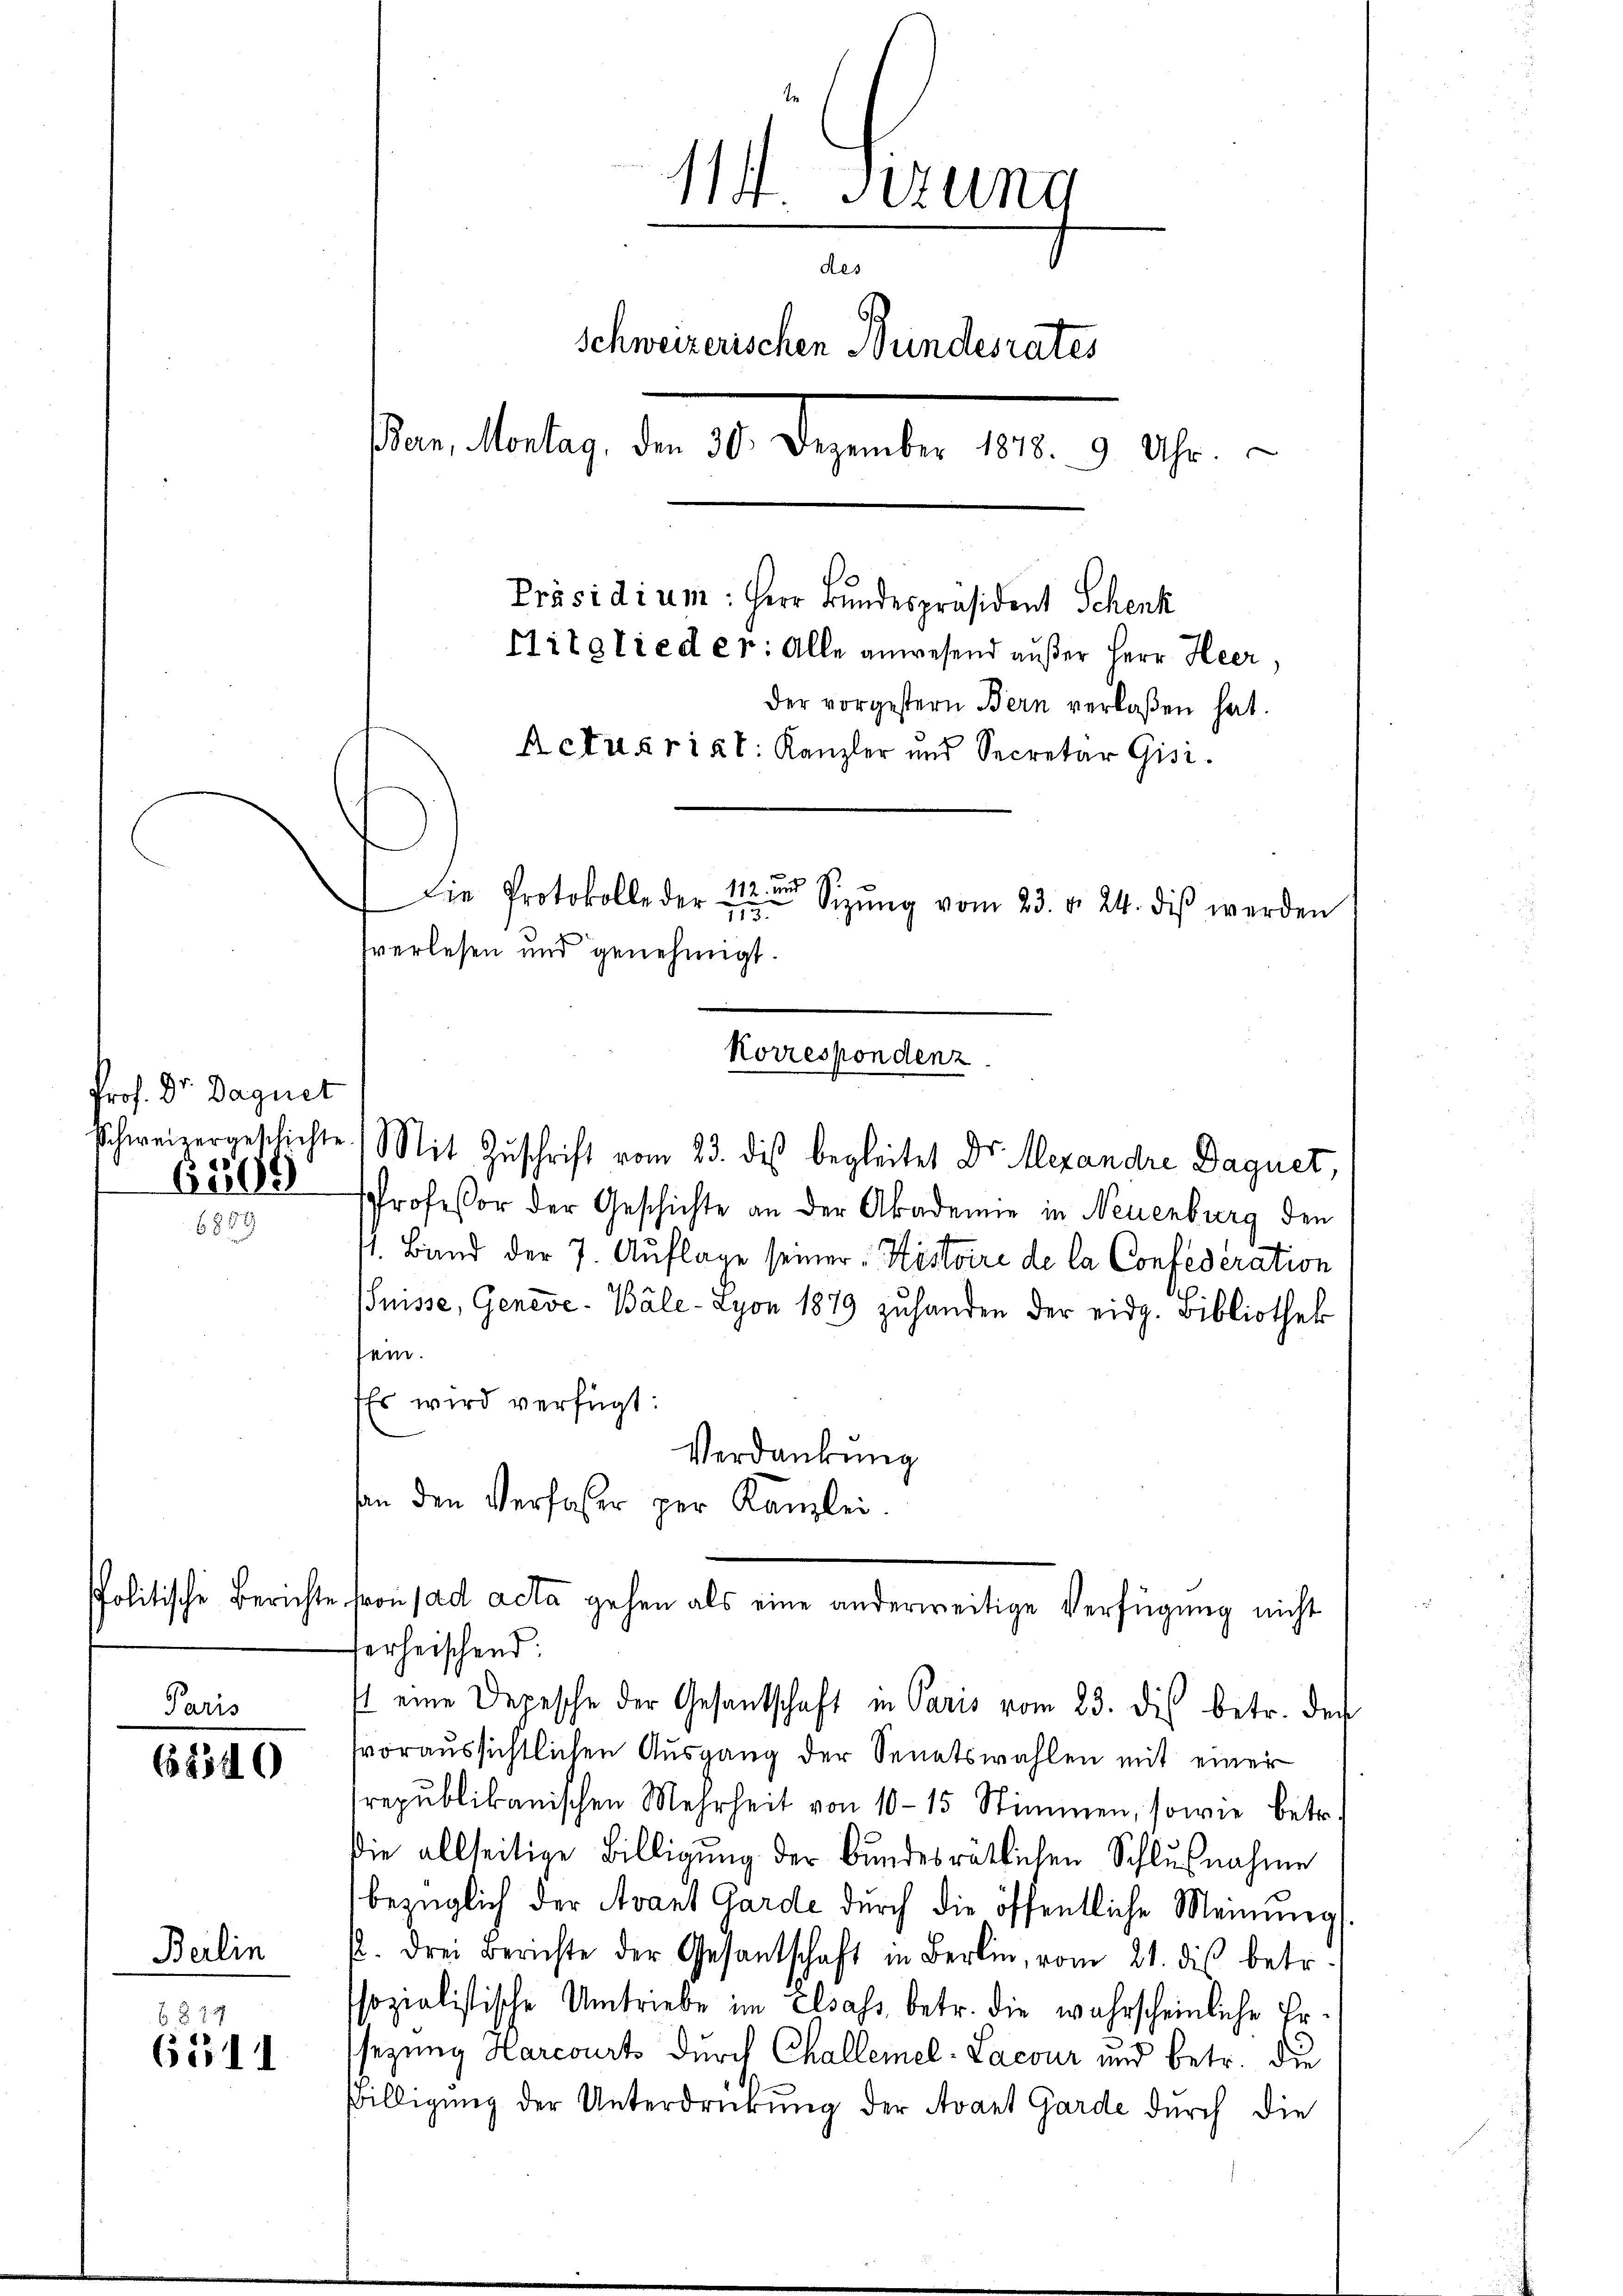
Prof. Dr. Daguet
Schweizergeblicht
6309

6889

politische Bericht

Paris

68540

Berlin

6 § 77
6511

¬
14. Sitzung
des
Schweizerischen Bundesrates
sanstalten, den 1. Dezember 189. 9. 17.
Präsidium: Herr Bundespräsident Schenk
Flitglieder: Alle anwesend außer Herr Heer,
der vorgestern Bern verlaßen hat.
Actus rist. Kanzler und Secretär Gisi
d
Die Protokolle der 112 Sizŭng vom 23. d. 24. diβ werden
713.
sverlesen und genehmigt.

.) Mit Zuschrift vom 23. des begleitet Dr. Alexandre Daquet,
Professor der Geschichte an der Akademie in Neuenburg den
1. Band der 7. Auflage seiner Histoire de la Confederation
Suisse, Geneve-Bäle-Lyon 1879 zuhanden der eidg. Bibliothek
sein.
Es wird verfügt:
Verdankung
hen den Verfasser zur Kanzlei.
vonsad acta gehen als eine anderweitige Verfügung nicht
ferheischend:
st eine Depesche der Gesantschaft in Paris vom 23. dis betr. den
voraussichtlichen Ausgang der Senatswahlen mit einer
republikanischen Mehrheit von 10-15 Stimmen, sowie betr.
die allseitige Billigung der Bundesratlichen Schlußnahme
bezüglich der Avant Garde durch die öffentliche Meinung
. drei Berichte der Gesantschaft in Berlin vom 21. dis betr.
sozialistische Umtriebe im Elsass, betr. die wahrscheinliche Ersezung Harcourts durch Challemel-Lacour und betr. die
Billigung der Unterdrurung der Avant Garde durch die

Korrespondenz